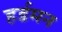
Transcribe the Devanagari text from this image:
हर्डमन